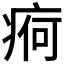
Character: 𱱖